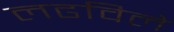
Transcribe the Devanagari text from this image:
लढविले